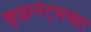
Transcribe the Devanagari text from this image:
कुझनेट्सच्या